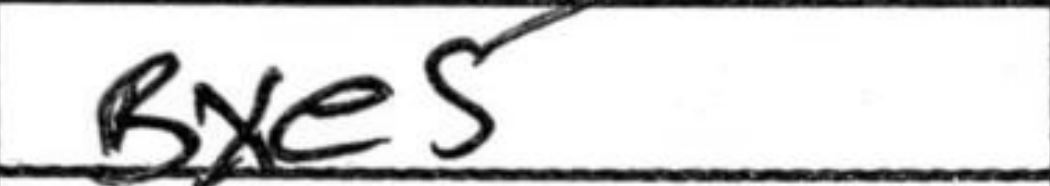
Transcription: Bxe5